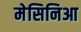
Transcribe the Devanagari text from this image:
मेसिनिआ